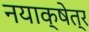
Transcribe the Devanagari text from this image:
नयाक्षेत्र